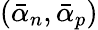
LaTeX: ({\bar{\alpha}_{n}},{\bar{\alpha}_{p}})